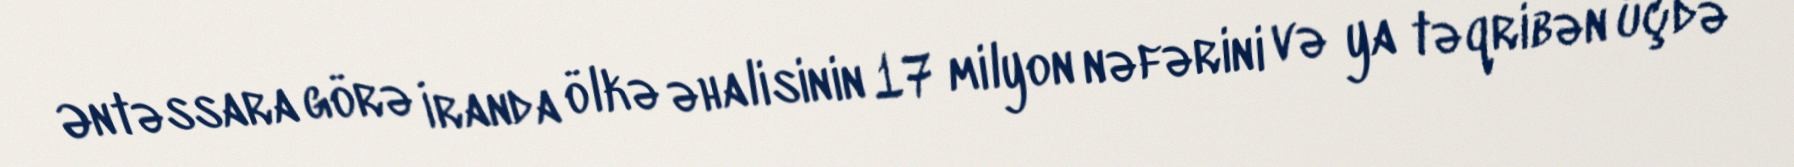
Əntəssara görə İranda ölkə əhalisinin 17 milyon nəfərini və ya təqribən üçdə